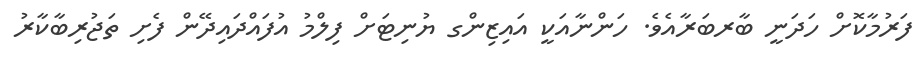
ފަރުމާކޮށް ހަދަނީ ބާރބަރާއެވެ. ހަންނާއަކީ އައިޒިންގ ޔުނިޓަށް ފިލްމު އުފައްދައިދޭން ފެށި ތަޖުރިބާކާރު